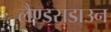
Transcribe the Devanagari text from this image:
लैण्डसडाउन